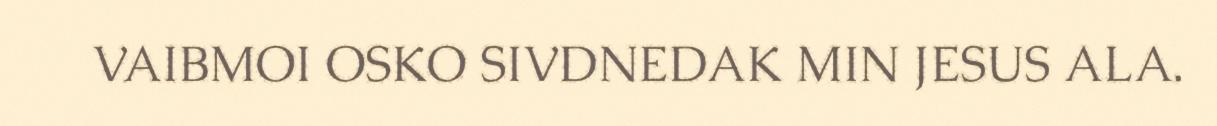
VAIBMOI OSKO SIVDNEDAK MIN JESUS ALA.